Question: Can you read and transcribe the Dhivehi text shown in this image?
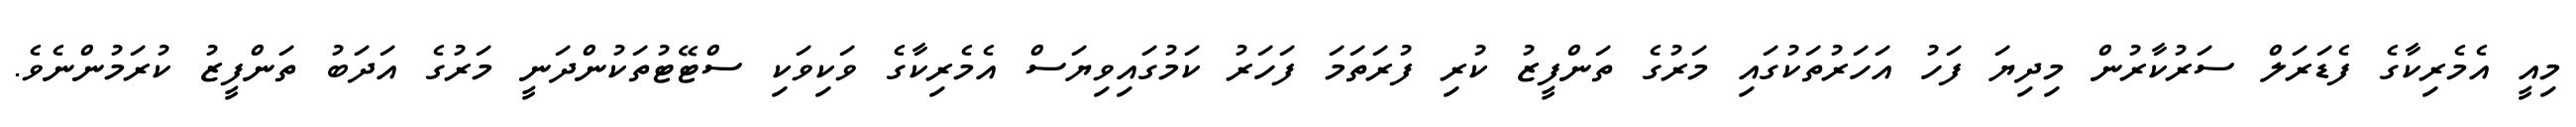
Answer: މިއީ އެމެރިކާގެ ފެޑަރަލް ސަރުކާރުން މިދިޔަ ފަހު އަހަރުތަކުގައި މަރުގެ ތަންފީޒު ކުރި ފުރަތަމަ ފަހަރު ކަމުގައިވިޔަސް އެމެރިކާގެ ވަކިވަކި ސްޓޭޓުތަކުންދަނީ މަރުގެ އަދަބު ތަންފީޒު ކުރަމުންނެވެ.